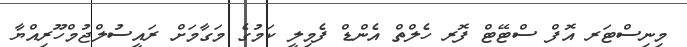
މިނިސްޓަރ އޮފް ސްޓޭޓް ފޮރ ހެލްތް އެންޑް ފެމިލީ ކަމުގެ މަގާމަށް ރައީސުލްޖުމްހޫރިއްޔާ